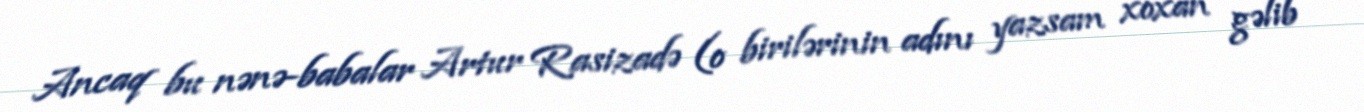
Ancaq bu nənə-babalar Artur Rasizadə (o birilərinin adını yazsam xoxan gəlib